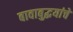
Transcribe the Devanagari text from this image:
बावाबुद्धयांचे